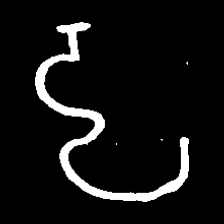
Pyu character \u2014 Myanmar letter: ဠ (romanized: lla)